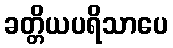
ခတ္တိယပရိသာပေ